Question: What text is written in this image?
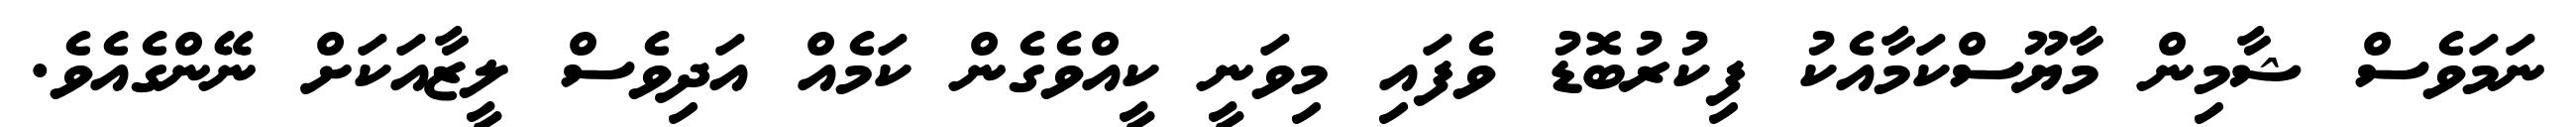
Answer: ނަމަވެސް ޝާމިން މާޔޫސްކަމާއެކު ފިކުރުބޮޑު ވެފައި މިވަނީ ކީއްވެގެން ކަމެއް އަދިވެސް ލީޒާއަކަށް ނޭންގެއެވެ.